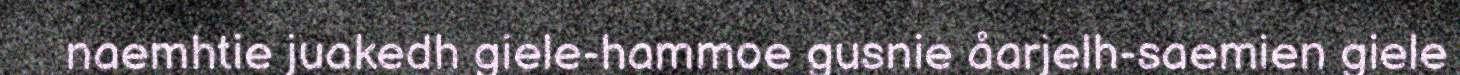
naemhtie juakedh giele-hammoe gusnie åarjelh-saemien giele